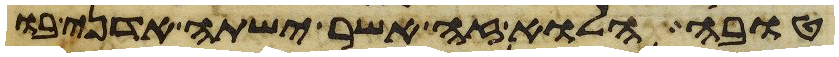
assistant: טובה הלוא זה אשר ישתה אדני בו